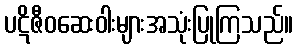
ပဋိဇီဝဆေးဝါးများအသုံးပြုကြသည်။